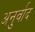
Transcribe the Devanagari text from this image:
अनुर्वाद